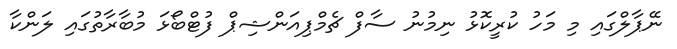
ނޭޕާލްގައި މި މަހު ކުރީކޮޅު ނިމުނު ސާފް ޗެމްޕިއަންޝިޕް ފުޓްބޯޅަ މުބާރާތުގައި ލަންކާ